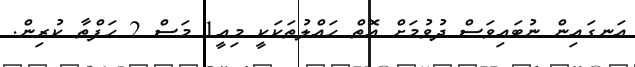
އަނގައިން ނުބައިވަސް ދުވުމަށް އޮތް ހައްލުތަކަކީ މިއީ1 މަސް 2 ހަފްތާ ކުރިން.